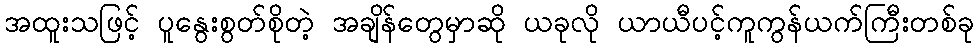
အထူးသဖြင့် ပူနွေးစွတ်စိုတဲ့ အချိန်တွေမှာဆို ယခုလို ယာယီပင့်ကူကွန်ယက်ကြီးတစ်ခု